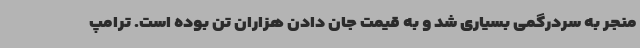
منجر به سردرگمی بسیاری شد و به قیمت جان دادن هزاران تن بوده است. ترامپ